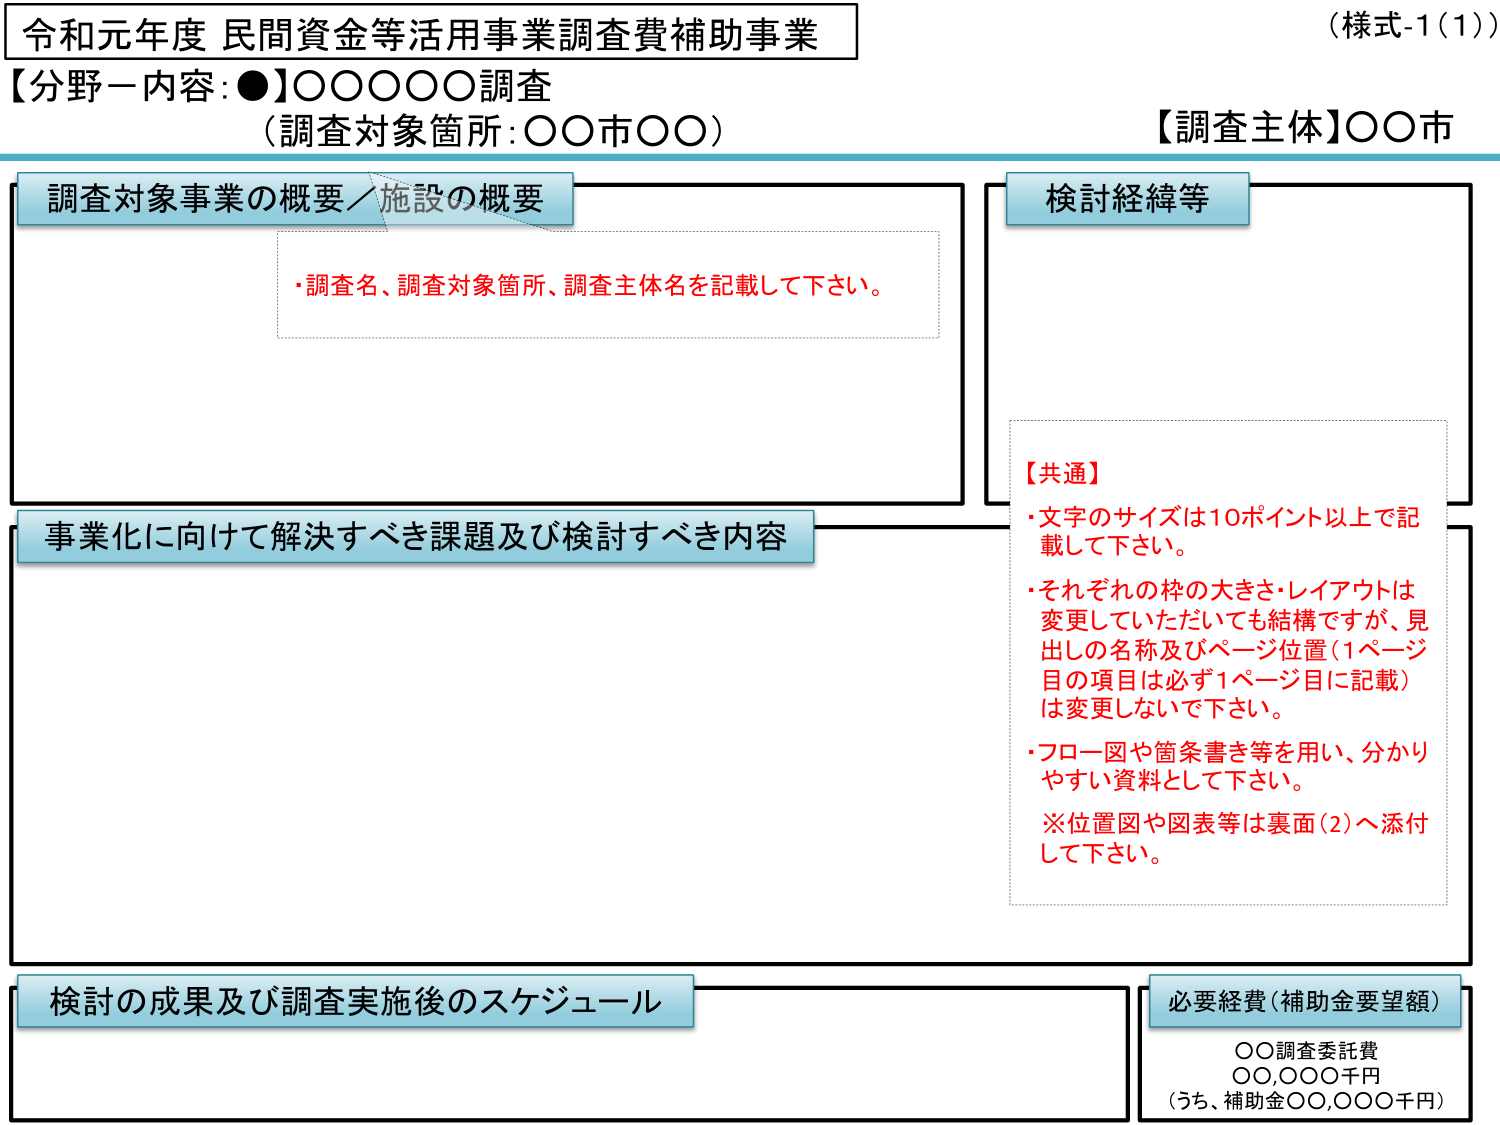
令和元年度 民間資金等活用事業調査費補助事業
（様式-1（1））
【分野－内容：●】○○○○○調査
（調査対象箇所：○○市○○）
【調査主体】○○市

調査対象事業の概要／施設の概要
・調査名、調査対象箇所、調査主体名を記載して下さい。

検討経緯等

【共通】
・文字のサイズは10ポイント以上で記載して下さい。
・それぞれの枠の大きさ・レイアウトは変更していただいても結構ですが、見出しの名称及びページ位置（1ページ目の項目は必ず1ページ目に記載）は変更しないで下さい。
・フロー図や箇条書き等を用い、分かりやすい資料として下さい。
※位置図や図表等は裏面（2）へ添付して下さい。

事業化に向けて解決すべき課題及び検討すべき内容

検討の成果及び調査実施後のスケジュール

必要経費（補助金要望額）
○○調査委託費
○○,○○○千円
（うち、補助金○○,○○○千円）